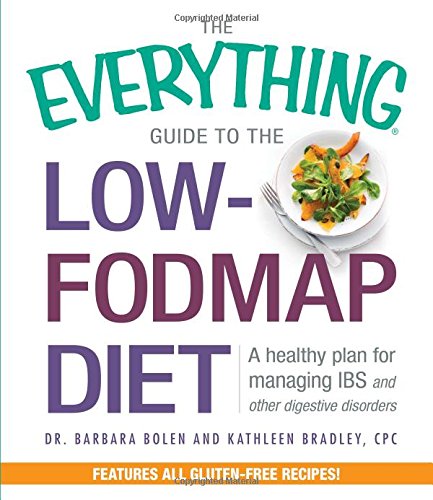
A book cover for The Everything Guide To The Low-Fodmap Diet: A Healthy Plan for Managing IBS and Other Digestive Disorders; Barbara Bolen; Cookbooks, Food & Wine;